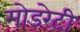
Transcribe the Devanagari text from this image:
मोडरेटी